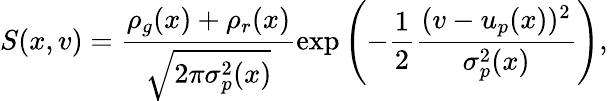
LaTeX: S(x,v)=\frac{\rho_{g}(x)+\rho_{r}(x)}{\sqrt{2\pi\sigma_{p}^{2}(x)}}\exp\left(-\frac{1}{2}\frac{(v-u_{p}(x))^{2}}{\sigma_{p}^{2}(x)}\right),